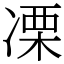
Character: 凓